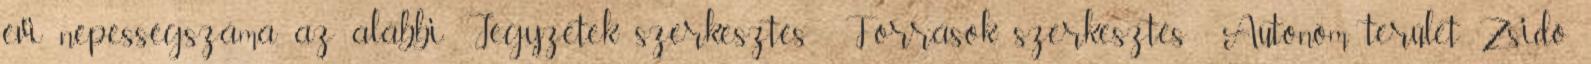
évi népességszáma az alábbi: Jegyzetek szerkesztés Források szerkesztés Autonóm terület Zsidó